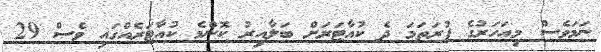
ނަމަވެސް މިއަހަރުގެ ފުރަތަމަ ދެ ކުއާޓަރަށް ބަލާއިރު ކޮންމެ ކުއާޓަރެއްގައި ވެސް 29